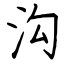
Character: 沟